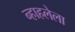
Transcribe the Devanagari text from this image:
न्हाहलेला